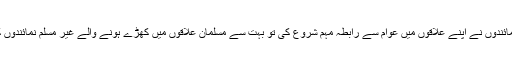
ایسے میں پہلا الیکشن آیا اور نمائندوں نے اپنے علاقوں میں عوام سے رابطہ مہم شروع کی تو بہت سے مسلمان علاقوں میں کھڑے ہونے والے غیر مسلم نمائندوں کو مسلمانوں کے پاس جانا پڑا۔